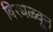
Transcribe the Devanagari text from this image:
विरघळवून